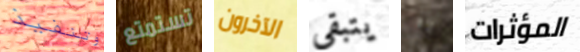
وتنفيذ تستمتع الآخرون يتبقى به المؤثرات